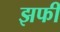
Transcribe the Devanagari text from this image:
झफी